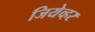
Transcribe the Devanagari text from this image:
जियेव्हर